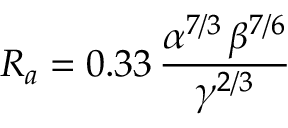
R _ { a } = 0 . 3 3 \, \frac { \alpha ^ { 7 / 3 } \, \beta ^ { 7 / 6 } } { \gamma ^ { 2 / 3 } }